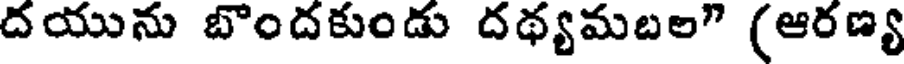
దయును బొందకుండు దథ్యమబల" (ఆరణ్య